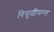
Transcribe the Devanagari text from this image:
विसुद्धीमग्ग